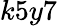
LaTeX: k5y7